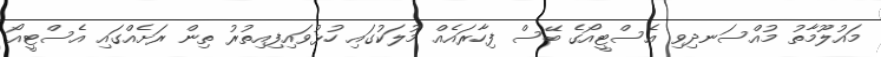
މައުލޫމާތު މުއްސަނދިވި އެސްޓީއޯގެ ބޭސް ފިހާރައެއް މުލަކުގައި ހުޅުވައިފިއިތުރު ތިން ރަށެއްގައި އެސްޓީއޯ